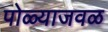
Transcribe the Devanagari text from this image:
पोळ्याजवळ